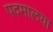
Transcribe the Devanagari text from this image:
पदमालया